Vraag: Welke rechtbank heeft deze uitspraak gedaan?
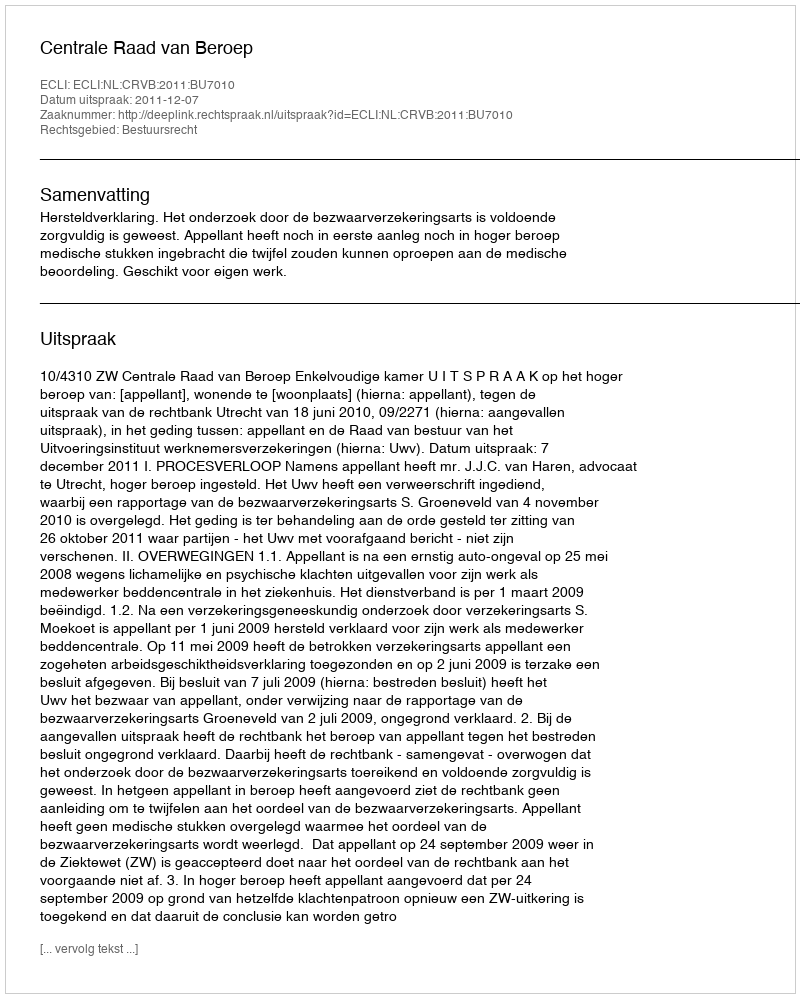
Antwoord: Centrale Raad van Beroep